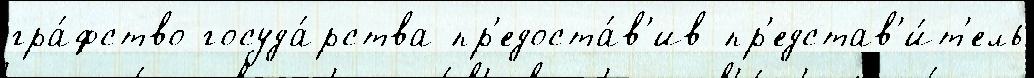
гра́фство госуда́рства пр'едоста́в'ив пр'едстав'и́т'ель